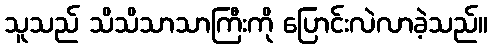
သူသည် သိသိသာသာကြီးကို ပြောင်းလဲလာခဲ့သည်။